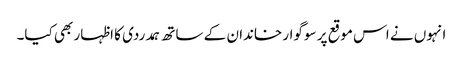
انہوں نے اس موقع پر سوگوار خاندان کے ساتھ ہمدردی کا اظہار بھی کیا۔